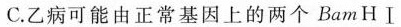
C.乙病可能由正常基因上的两个BamHⅠ